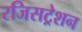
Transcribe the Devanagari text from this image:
रजिसट्रेशन